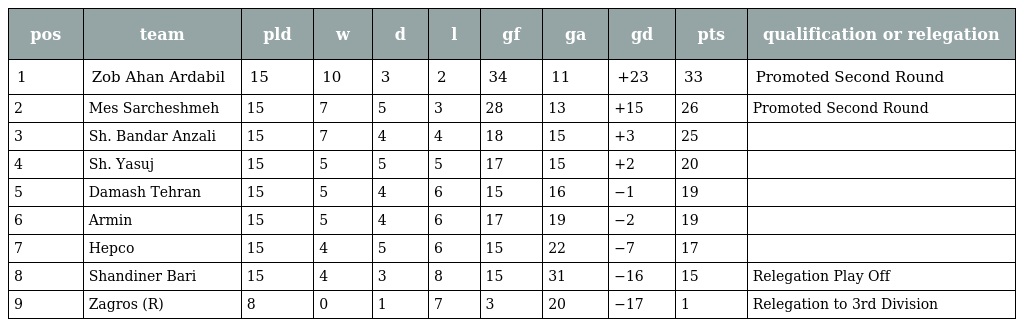
| pos | team | pld | w | d | l | gf | ga | gd | pts | qualification or relegation |
 | --- | --- | --- | --- | --- | --- | --- | --- | --- | --- | --- |
 | 1 | Zob Ahan Ardabil | 15 | 10 | 3 | 2 | 34 | 11 | +23 | 33 | Promoted Second Round |
 | 2 | Mes Sarcheshmeh | 15 | 7 | 5 | 3 | 28 | 13 | +15 | 26 | Promoted Second Round |
 | 3 | Sh. Bandar Anzali | 15 | 7 | 4 | 4 | 18 | 15 | +3 | 25 |  |
 | 4 | Sh. Yasuj | 15 | 5 | 5 | 5 | 17 | 15 | +2 | 20 |  |
 | 5 | Damash Tehran | 15 | 5 | 4 | 6 | 15 | 16 | −1 | 19 |  |
 | 6 | Armin | 15 | 5 | 4 | 6 | 17 | 19 | −2 | 19 |  |
 | 7 | Hepco | 15 | 4 | 5 | 6 | 15 | 22 | −7 | 17 |  |
 | 8 | Shandiner Bari | 15 | 4 | 3 | 8 | 15 | 31 | −16 | 15 | Relegation Play Off |
 | 9 | Zagros (R) | 8 | 0 | 1 | 7 | 3 | 20 | −17 | 1 | Relegation to 3rd Division |